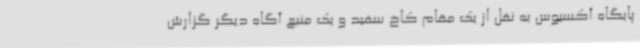
پایگاه آکسیوس به نقل از یک مقام کاخ سفید و یک منبع آگاه دیگر گزارش